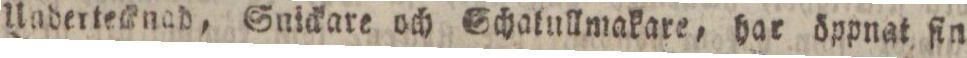
Undertecknad, Snickare och Schatullmakare, har öppnat fin